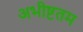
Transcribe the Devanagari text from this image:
अभीष्टतम